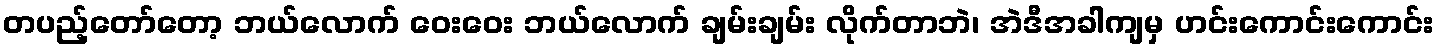
တပည့်တော်တော့ ဘယ်လောက် ဝေးဝေး ဘယ်လောက် ချမ်းချမ်း လိုက်တာဘဲ၊ အဲဒီအခါကျမှ ဟင်းကောင်းကောင်း